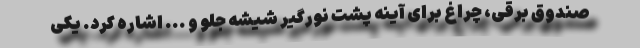
صندوق برقی، چراغ برای آینه پشت نورگیر شیشه جلو و ... اشاره کرد. یکی